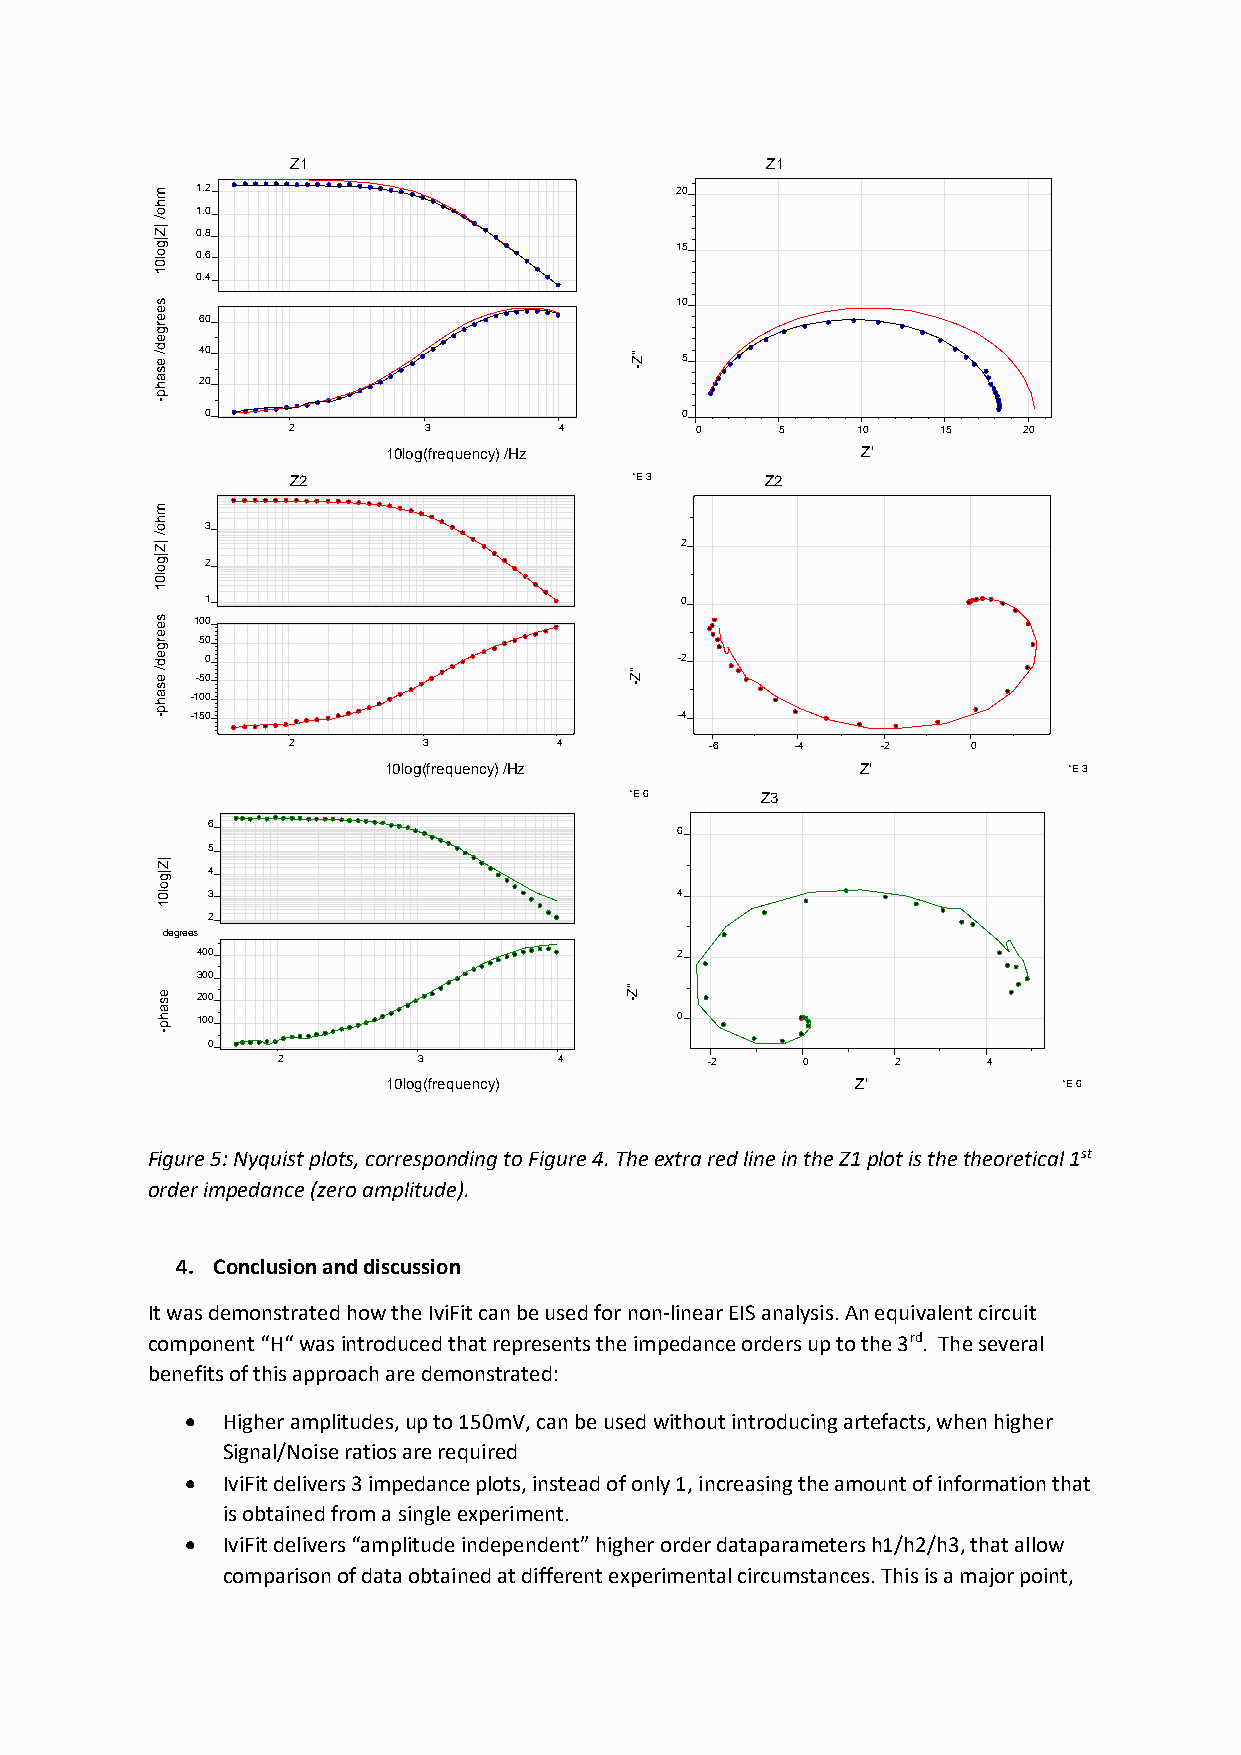
Z1                              Z1
 m  1.2                             20
 h
 o  1.0
 /
 |Z 0.8
 |g o l0 0.6                        15
 1  0.4
 s                                  10
 e
 e  60
 rg
 e
 d / e s 40                      ''Z - 5
 a h 20
 p
 -
 0                              0
 22       33       44       0     5    10   15    20
 10log(frequency) /Hz           Z'
 Z2                     *E 3     Z2
 m
 h o 3
 /
 |Z                                 2
 |g o 2
 l0
 1
 1                              0
 s e 100
 e rg 50
 e d 0                              -2
 / e -50                         ''Z
 s                               -
 a h -100
 p - -150                           -4
 22       33       44        -6    -4   -2    0
 10log(frequency) /Hz            Z'            *E 3
 *E 6    Z3
 6
 6
 5
 |Z
 |g  4
 o
 l0  3                              4
 1
 2
 degrees
 400                             2
 300
 e s 200
 ''Z
 -
 a h p 100                          0
 -
 0
 22        33       44        -2    0     2     4
 10log(frequency)               Z'           *E 6
 Figure 5: Nyquist plots, corresponding to Figure 4. The extra red line in the Z1 plot is the theoretical 1st
 order impedance (zero amplitude).
 4. Conclusion and discussion
 It was demonstrated how the IviFit can be used for non-linear EIS analysis. An equivalent circuit
 component “H“ was introduced that represents the impedance orders up to the 3rd. The several
 benefits of this approach are demonstrated:
 •  Higher amplitudes, up to 150mV, can be used without introducing artefacts, when higher
 Signal/Noise ratios are required
 •  IviFit delivers 3 impedance plots, instead of only 1, increasing the amount of information that
 is obtained from a single experiment.
 •  IviFit delivers “amplitude independent” higher order dataparameters h1/h2/h3, that allow
 comparison of data obtained at different experimental circumstances. This is a major point,